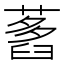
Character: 𦽭